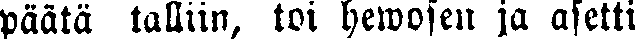
päätä talliin, toi hewosen ja asetti